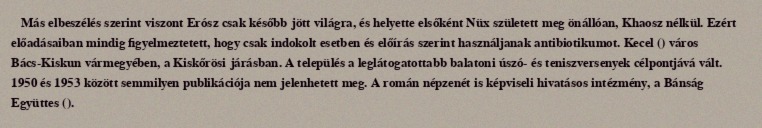
Más elbeszélés szerint viszont Erósz csak később jött világra, és helyette elsőként Nüx született meg önállóan, Khaosz nélkül. Ezért előadásaiban mindig figyelmeztetett, hogy csak indokolt esetben és előírás szerint használjanak antibiotikumot. Kecel () város Bács-Kiskun vármegyében, a Kiskőrösi járásban. A település a leglátogatottabb balatoni úszó- és teniszversenyek célpontjává vált. 1950 és 1953 között semmilyen publikációja nem jelenhetett meg. A román népzenét is képviseli hivatásos intézmény, a Bánság Együttes ().